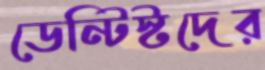
ডেন্টিস্টদের